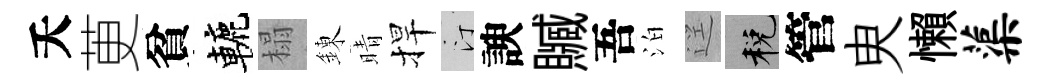
夭茰貧轆榻錬晴捍汀諛贓吾泊逕税管㬰懶蕖